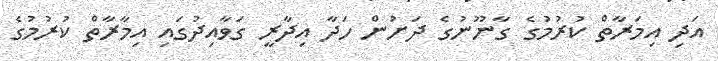
އަދި އިމަރާތް ކުރުމުގެ ގާނޫނުގެ ދަށުން ހަދާ އިދާރީ ގަވާއިދުގައި އިމާރާތް ކުރުމުގެ